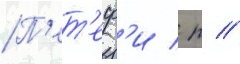
П'ет'еф'и / р //